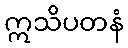
ဣသိပတနံ